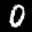
Label: 0